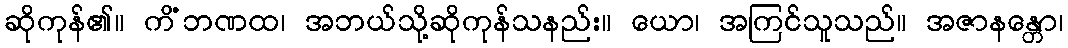
ဆိုကုန်၏။ ကိံဘဏထ၊ အဘယ်သို့ဆိုကုန်သနည်း။ ယော၊ အကြင်သူသည်။ အဇာနန္တော၊